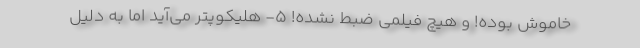
خاموش بوده! و هیچ فیلمی ضبط نشده! ۵- هلیکوپتر می‌آید اما به دلیل